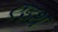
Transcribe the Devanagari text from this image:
एइथ